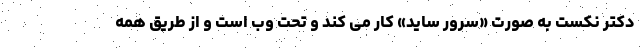
دکتر نکست به صورت «سرور ساید» کار می کند و تحت وب است و از طریق همه